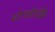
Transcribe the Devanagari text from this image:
स्टॅण्डर्डडाईझ